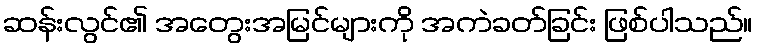
ဆန်းလွင်၏ အတွေးအမြင်များကို အကဲခတ်ခြင်း ဖြစ်ပါသည်။